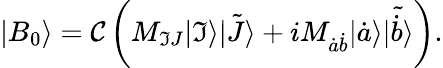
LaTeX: |B_{0}\rangle=\mathcal{C}\left(M_{\mathfrak{I}J}|\mathfrak{I}\rangle\tilde{{|J\rangle}}+iM_{\dot{{a}}\dot{{b}}}|\dot{{a}}\rangle\tilde{{|\dot{{b}}\rangle}}\right).